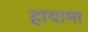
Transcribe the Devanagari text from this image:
हायामा